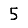
Digit: 5